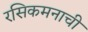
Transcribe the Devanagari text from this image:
रसिकमनाची